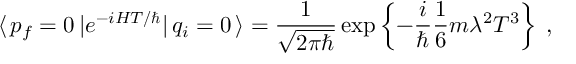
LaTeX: \langle \, p _ { f } = 0 \, | e ^ { - i H T / \hbar } | \, q _ { i } = 0 \, \rangle = \frac { 1 } { \sqrt { 2 \pi \hbar } } \exp \left\{ - \frac { i } { \hbar } \frac { 1 } { 6 } m \lambda ^ { 2 } T ^ { 3 } \right\} \; ,